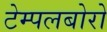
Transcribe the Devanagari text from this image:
टेम्पलबोरो